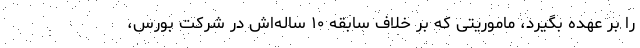
را بر عهده بگیرد، ماموریتی که بر خلاف سابقه ۱۰ ساله‌اش در شرکت بورس،